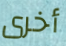
أخرى